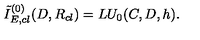
{ \tilde { I } } _ { E , c l } ^ { ( 0 ) } ( D , R _ { c l } ) = L U _ { 0 } ( C , D , h ) .